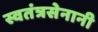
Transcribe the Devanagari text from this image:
स्वतंत्रसेनानी